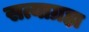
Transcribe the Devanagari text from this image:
सत्याग्रहा